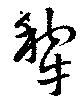
犂